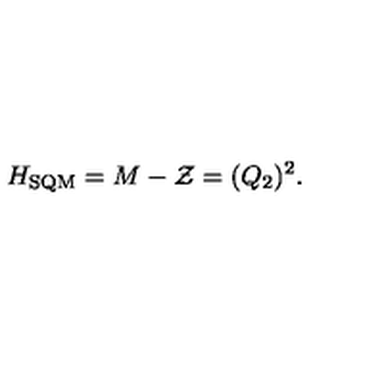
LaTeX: H _ { \mathrm { S Q M } } = M - { \cal Z } = ( Q _ { 2 } ) ^ { 2 } .